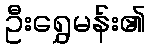
ဦးရွှေမန်း၏